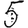
Digit: 5